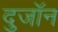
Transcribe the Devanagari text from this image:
दुजॉन